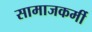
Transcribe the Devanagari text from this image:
सामाजकर्मी